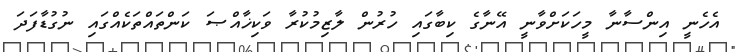
އެހެނީ އިންސާނާ މީހަކަށްވާނީ އޭނާގެ ކިބާގައި ހުރުން ލާޒިމުކުރާ ވަކިޚާއްޞަ ކަންތައްތަކެއްގައި ނުގުޑާފަދަ